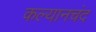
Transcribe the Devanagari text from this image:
कल्यानचंद